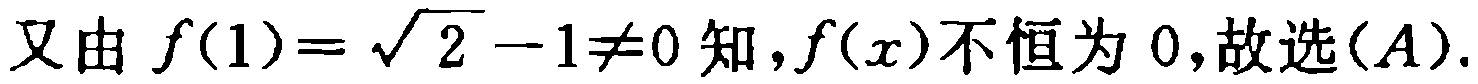
又由 \(f(1)=\sqrt{2}-1\neq0\) 知，\(f(x)\)不恒为 \(0\)，故选\((A)\).